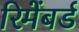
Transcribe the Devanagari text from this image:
रिमेंबर्ड